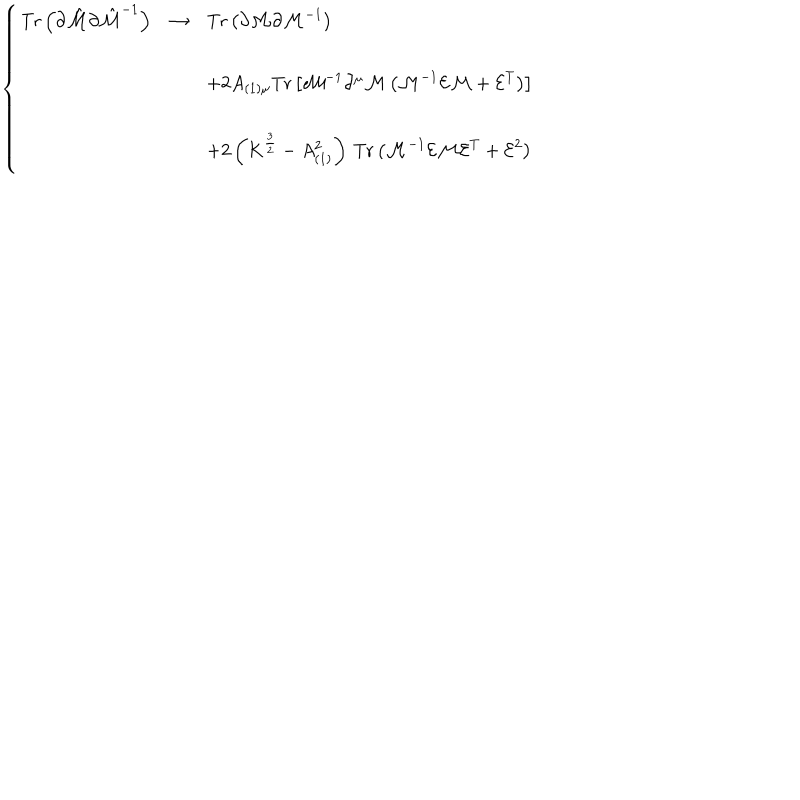
\left\{ \begin{array} { r c l } { { \mathrm { T r } \left( \partial \hat { \cal M } \partial \hat { \cal M } ^ { - 1 } \right) } } & { { \rightarrow } } & { { \mathrm { T r } \left( \partial { \cal M } \partial { \cal M } ^ { - 1 } \right) } } \\ { { } } & { { } } & { { } } \\ { { } } & { { } } & { { + 2 A _ { ( 1 ) \mu } \mathrm { T r } \left[ { \cal M } ^ { - 1 } \partial ^ { \mu } { \cal M } \left( { \cal M } ^ { - 1 } { \cal E } { \cal M } + { \cal E } ^ { T } \right) \right] } } \\ { { } } & { { } } & { { } } \\ { { } } & { { } } & { { + 2 \left( K ^ { \frac { 3 } { 2 } } - A _ { ( 1 ) } ^ { 2 } \right) \, \mathrm { T r } \left( { \cal M } ^ { - 1 } { \cal E } { \cal M } { \cal E } ^ { T } + { \cal E } ^ { 2 } \right) } } \\ \end{array} \right.